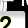
Digit: 2